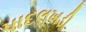
પાદલખડી